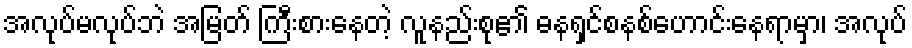
အလုပ်မလုပ်ဘဲ အမြတ် ကြီးစားနေတဲ့ လူနည်းစု၏ ဓနရှင်စနစ်ဟောင်းနေရာမှာ၊ အလုပ်